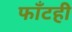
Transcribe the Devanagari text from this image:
फाँटही